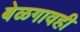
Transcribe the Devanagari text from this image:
बेळगावही